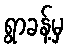
ရွာခန့်မှ